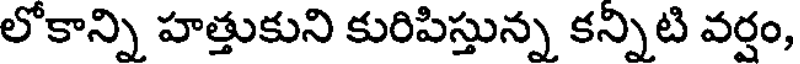
లోకాన్ని హత్తుకుని కురిపిస్తున్న కన్నిటి వర్షం,